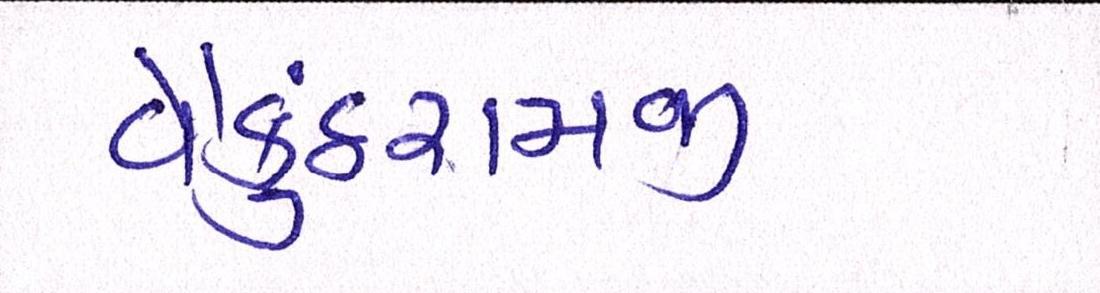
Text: વૈકુંઠરામજી